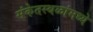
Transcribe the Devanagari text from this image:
संकेतस्थळांमध्ये